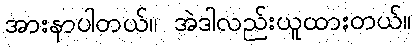
အားနာပါတယ်။ အဲဒါလည်းယူထားတယ်။